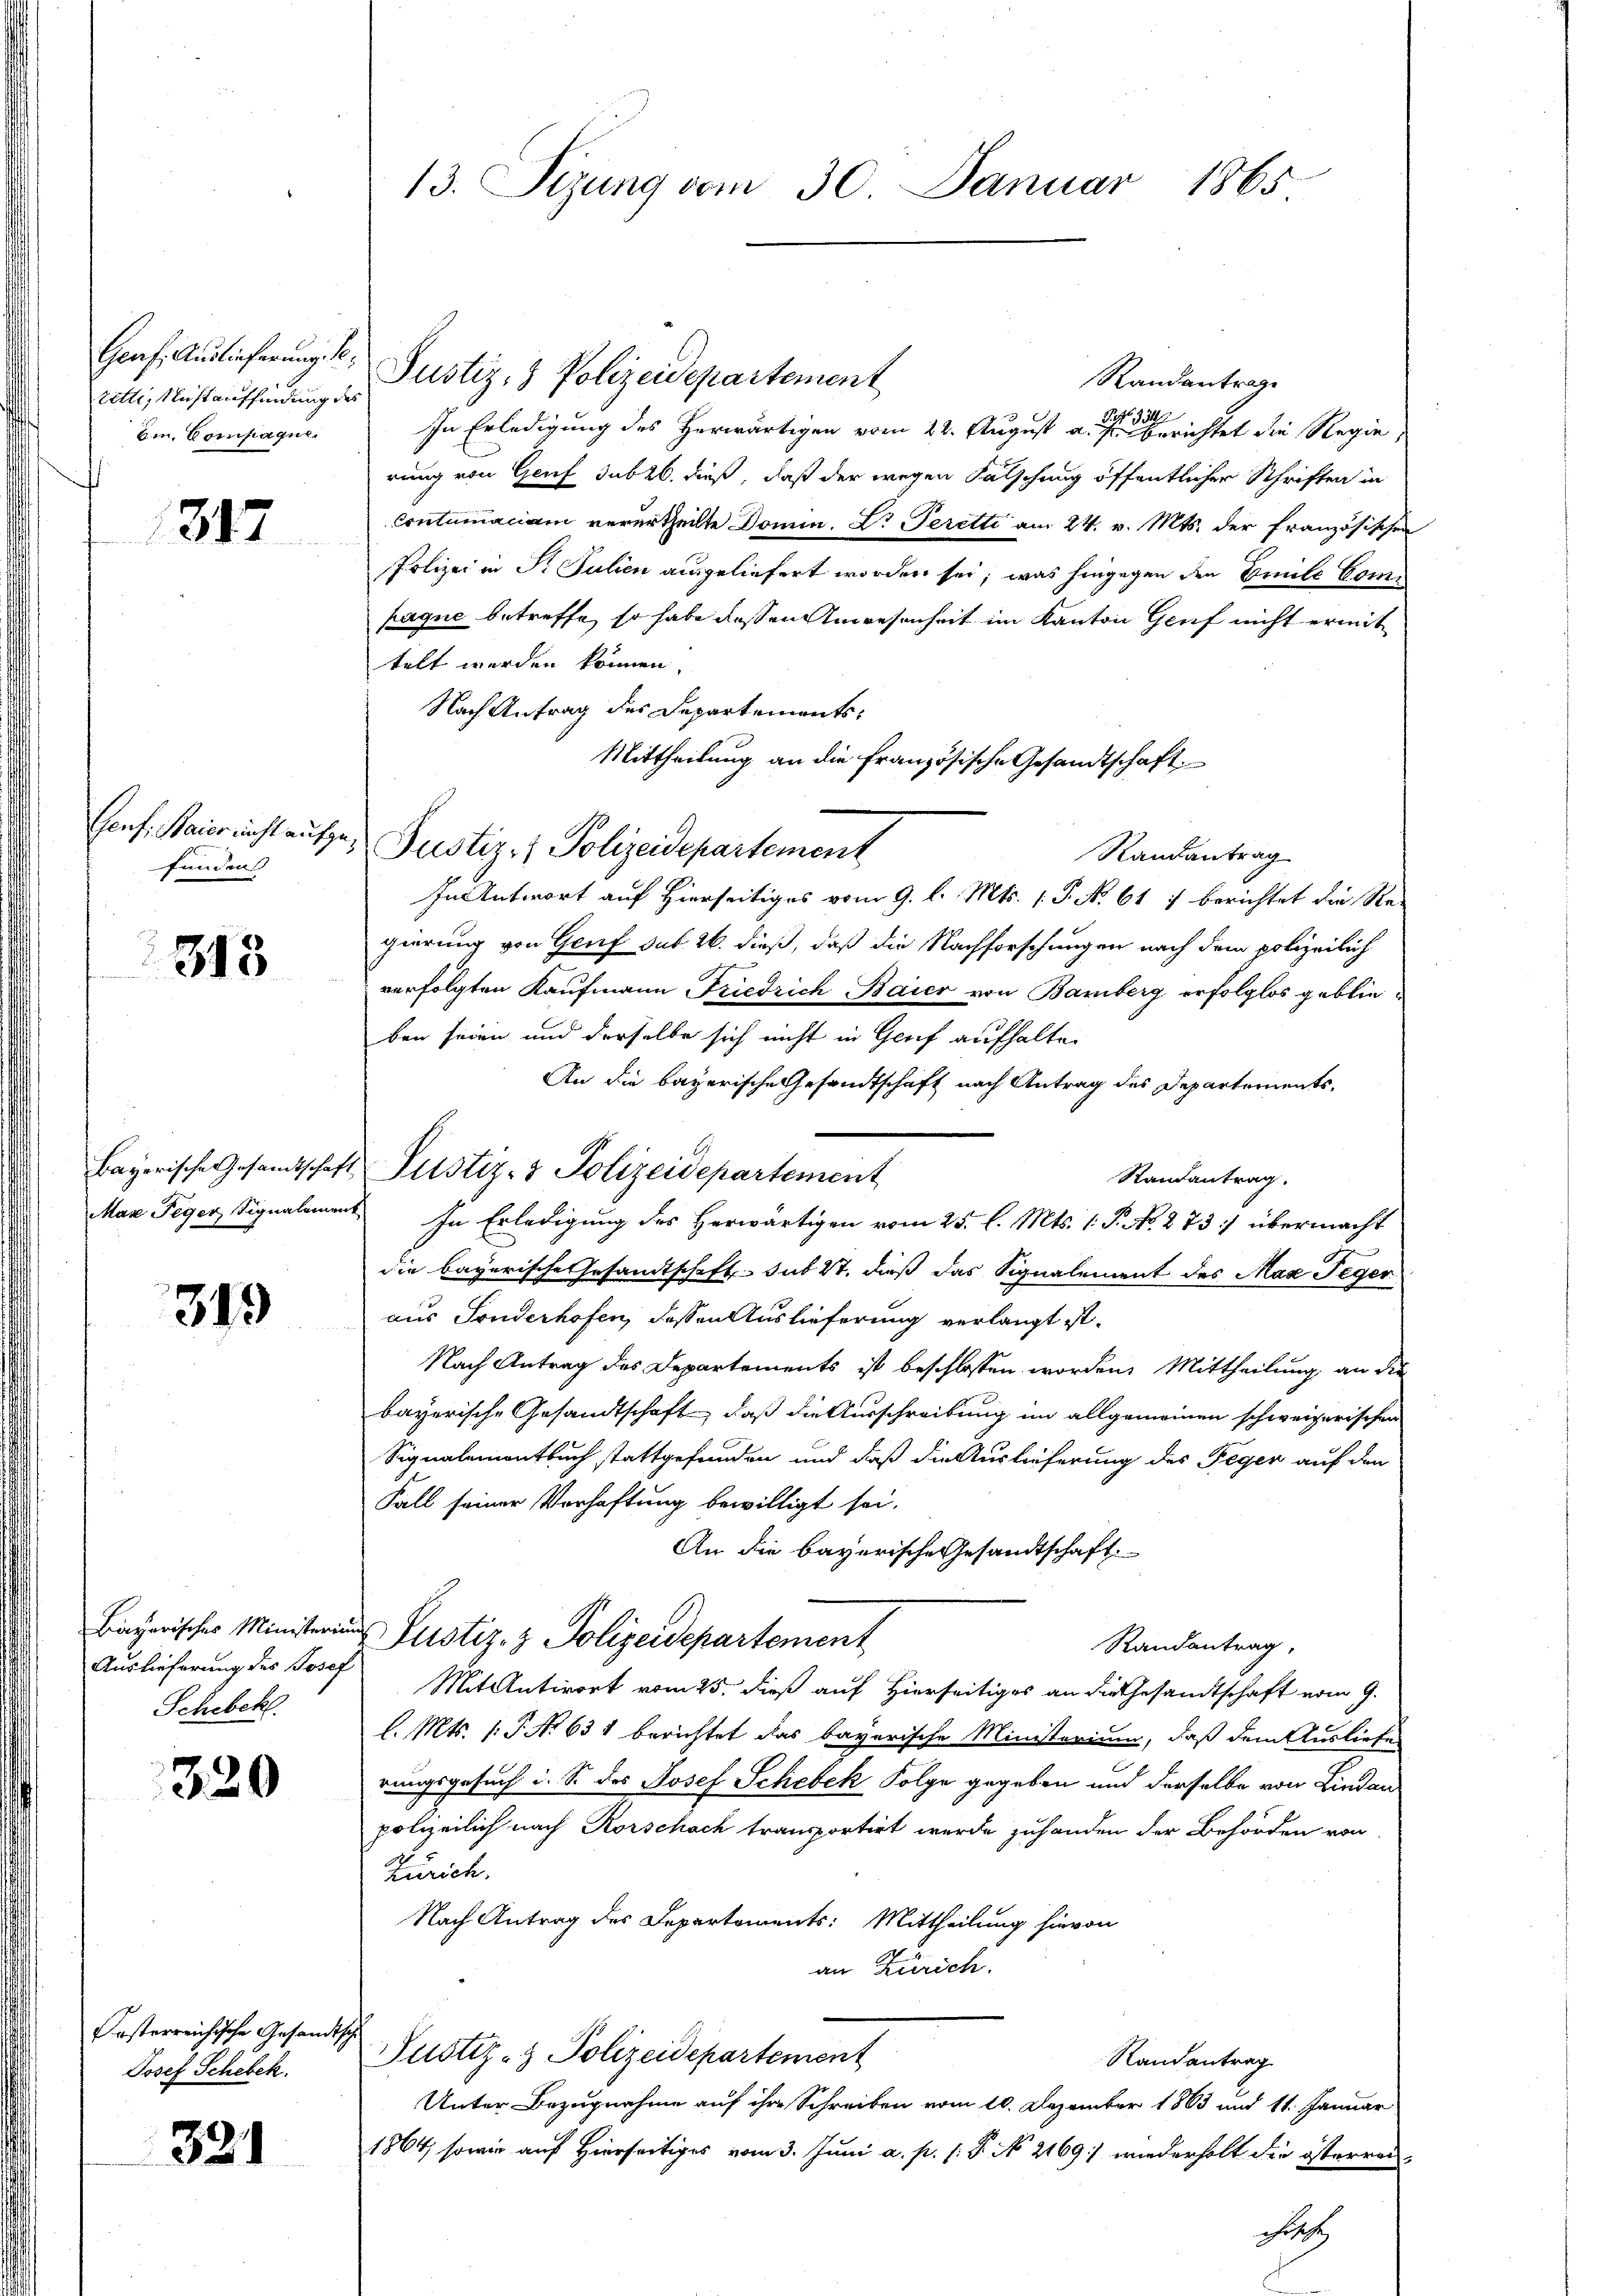
zitli, Nicht auffindung des
Em. Compagne.

312

funden

313

319

Auslieferung des Josef
Schebck.

320

Oesterreichische Gesandtsche
Josef Schebek.

321

13. Sizung vom 30. Januar 1865

Graf. Auslieferung der Justiz- & Polizeidepartement
Randantrage
In Erledigung des Herwärtigen vom 22. August an die Gerichtet die Regie
rung von Genf sub 20. dieß, daß der wegen Fälschung öffentlicher Schriften in
Contumaciam verurtheilte Domin. Dr Teretti am 24. v. Mts. der französischen
Polizei in St. Julien ausgeliefert worden sei; was hingegen den Emile Comhaque betreffe, so habe dessen Anwesenheit im Kanton Genf nicht ermit
telt werden können.
Nach Antrag des Departements¬
Mittheilung an die Französische Gesandtschaft
Randantrag
In Antwort auf hierseitiges vom 9. l. Mts. 1. P. No 617 berichtet die Regierung von Genf sub. 26. dieß, daß die Nachforschungen nach dem polizeilich
verfolgten Kaufmann Friedrich Baier von Bamberg erfolglos geblieben seien und derselbe sich nicht in Genf aufhalte
An die bayerische Gesandtschaft nach Antrag des Departements¬
Randantrag.
Max Peyer Signalement. In Erledigung des Herwärtigen vom 25. l. Mts. 1. P. No. 273] übermacht
die bayerische Gesamtschaft das ist, daß das Signalement des Max Teger
aus Fruderhofen, dessen Auslieferung verlangt ist.
Nach Antrag des Departements ist beschlossen worden. Mittheilung an die
bayerische Gesandtschaft, daß die Ausschreibung im allgemeinen schweizerischen
Signalementbuch stattgefunden und daß die Auslieferung des Peger auf den
Fall seiner Verhaftung bewilligt sei.
An die bayerische Gesandtschaft.
Bayerisches Ministerung Justiz- & Polizeidepartement
Randantrag,
Mit Antwort vom 25. dieß auf Hierseitiges an die Gesandtschaft vom 9.
l. Mts. 1. P. No 631 berichtet das bayerische Ministerium, daß dem Ausliefer
rungsgesuch i. S. des Josef Schebek Folge gegeben und derselbe von Lindau
polizeilich nach Korschach transportirt wurde zuhanden der Behörden von
Zürich.
Nach Antrag des Departements: Mittheilung hievon
an Zürich.
Justiz- & Polizeidepartement
Randantrag
Unter Bezugnahme auf ihre Schreiben vom 10. Dezember 1863 und 11. Januar
1864, sowie auf Hierseitiges vom 3. Juni a. p. s: P. No. 2169) wiederholt die österren
oh

Conf. Baiernicht aufge- Pustiz- & Polizeidepartement

Bayerische Gesandtschaft Pustiz- & Polizeidepartement